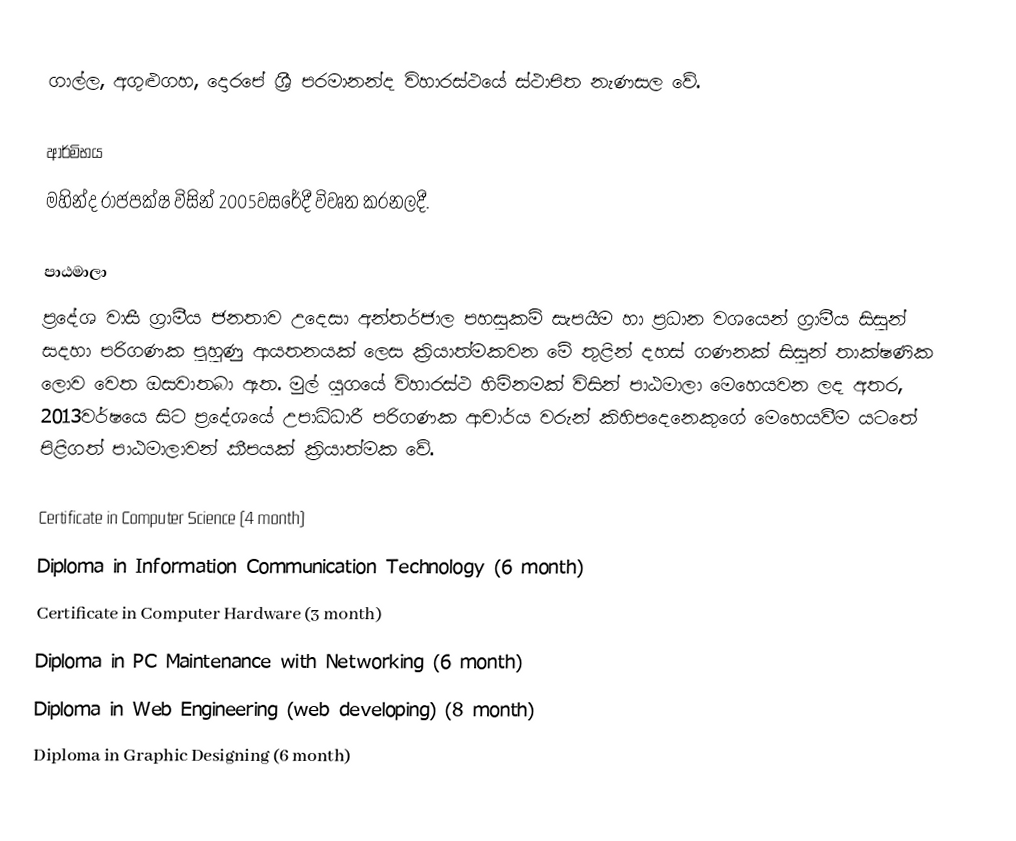
ගාල්ල, අගුළුගහ, දොරපේ ශ්‍රී පරමානන්ද විහාරස්ථයේ ස්ථාපිත  නැණසල වේ.

ආර්මිභය
මහින්ද රාජපක්ෂ විසින් 2005වසරේදී විවෘත කරනලදී.

පාඨමාලා
ප්‍රදේශ වාසී ග්‍රාමීය ජනතාව උදෙසා අන්තර්ජාල පහසුකම් සැපයීම හා ප්‍රධාන වශයෙන් ග්‍රාමීය සිසුන් සදහා පරිගණක පුහුණු ආයතනයක් ලෙස  ක්‍රියාත්මකවන මේ තුළින් දහස් ගණනක් සිසුන් තාක්ෂණික ලොව වෙත ඔසවාතබා ඇත. මුල් යුගයේ විහාරස්ථ හිමිනමක් විසින් පාඨමාලා මෙහෙයවන ලද අතර, 2013වර්ෂයෙ සිට ප්‍රදේශයේ උපාධිධාරී පරිගණක ආචාර්ය වරුන් කිහිපදෙනෙකුගේ මෙහෙයවීම යටතේ පිළිගත් පාඨමාලාවන් කීපයක් ක්‍රියාත්මක වේ.

 Certificate in Computer Science  (4 month)
 Diploma in Information Communication Technology (6 month)
 Certificate in Computer Hardware  (3 month)
 Diploma in PC Maintenance with Networking (6 month)
 Diploma in Web Engineering (web developing)  (8 month)
  Diploma in Graphic Designing  (6 month)